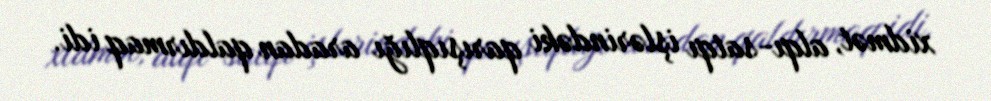
xidmət, alqı-satqı işlərindəki qarışıqlığı aradan qaldırmaq idi.